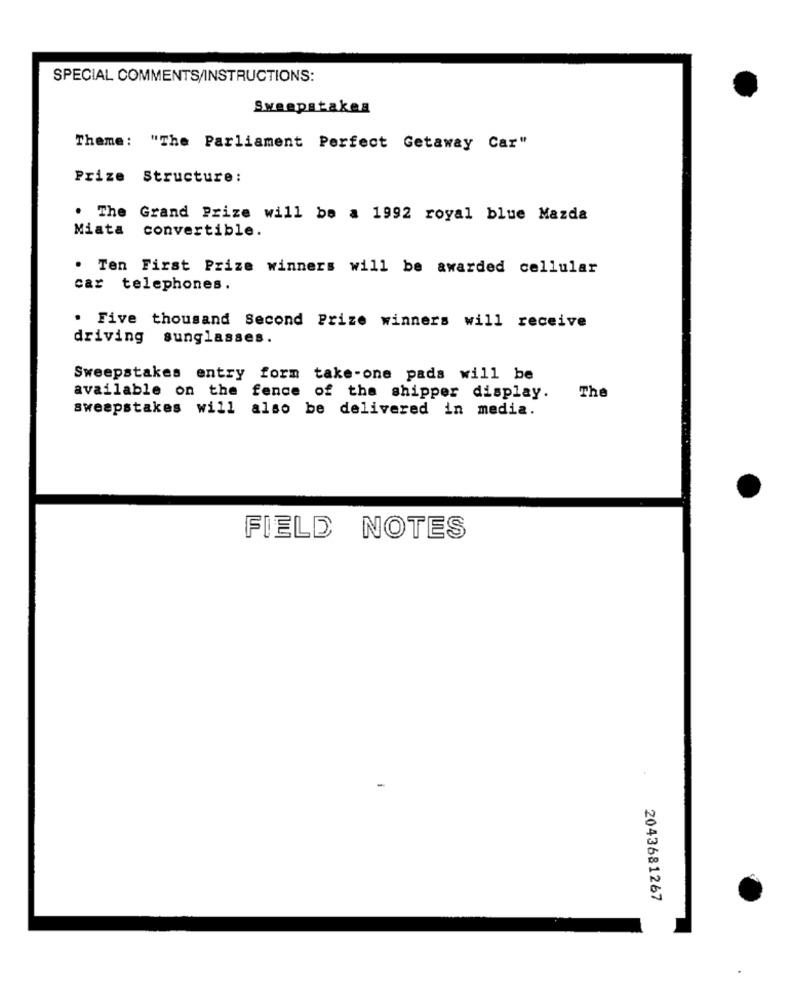
SPECIAL COMMENTS/INSTRUCTIONS:
Sweepstakes
Theme: "The Parliament Perfect Getaway Car"
Prize Structure:
. The Grand Prize will be a 1992 royal blue Mazda
Miata
convertible.
. Ten First Prize winners will be awarded cellular
car telephones.
. Five thousand Second Prize winners will receive
driving sunglasses.
Sweepstakes entry form take-one pads will be
available on the fence of the shipper display.
The
sweepstakes will also be delivered in media.
FIELD NOTES
2043681267